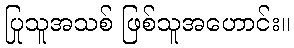
ပြုသူအသစ် ဖြစ်သူအဟောင်း။